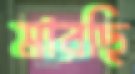
মারছি